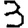
Digit: 3